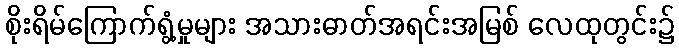
စိုးရိမ်ကြောက်ရွံ့မှုများ အသားဓာတ်အရင်းအမြစ် လေထုတွင်း၌